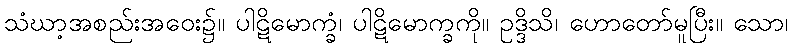
သံဃာ့အစည်းအဝေး၌။ ပါဋိမောက္ခံ၊ ပါဋိမောက္ခကို။ ဥဒ္ဒိသိ၊ ဟောတော်မူပြီး။ သော၊